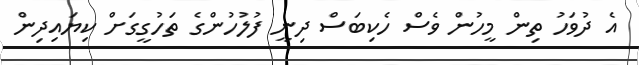
އެ ދުވަހު ތިން މީހުން ވެސް ހެކިބަސް ދިނީ ފުލުހުންގެ ތަހުގީގަށް ކިޔައިދިން